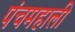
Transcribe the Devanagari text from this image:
पंचमहाली